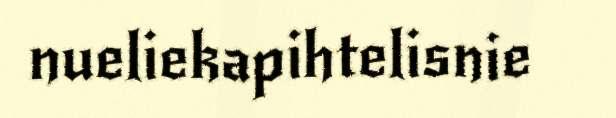
nueliekapihtelisnie